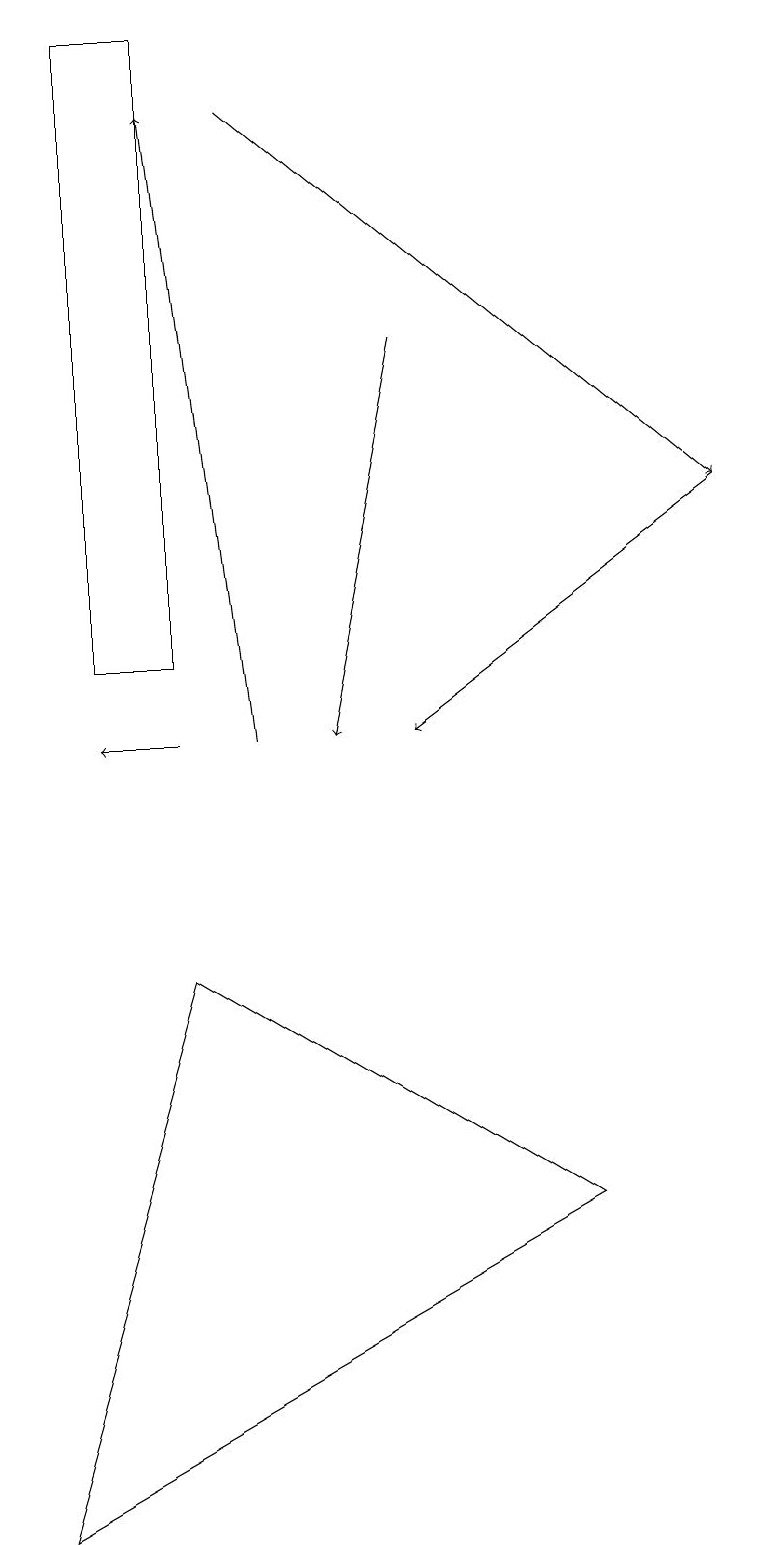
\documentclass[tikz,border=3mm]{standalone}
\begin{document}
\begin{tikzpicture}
\draw[->] (5,15) -- (4,10);
\draw[->] (3,18) -- (9,13);
\draw[->] (2,10) -- (1,10);
\draw (0,0) -- (2,7) -- (7,4) -- cycle;
\draw[->] (9,13) -- (5,10);
\draw (2,19) rectangle (1,11);
\draw[->] (3,10) -- (2,18);
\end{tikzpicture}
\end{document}